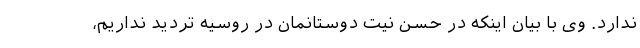
ندارد. وی با بیان اینکه در حسن نیت دوستانمان در روسیه تردید نداریم،